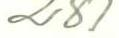
281